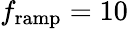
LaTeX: f_{\mathrm{ramp}}=10